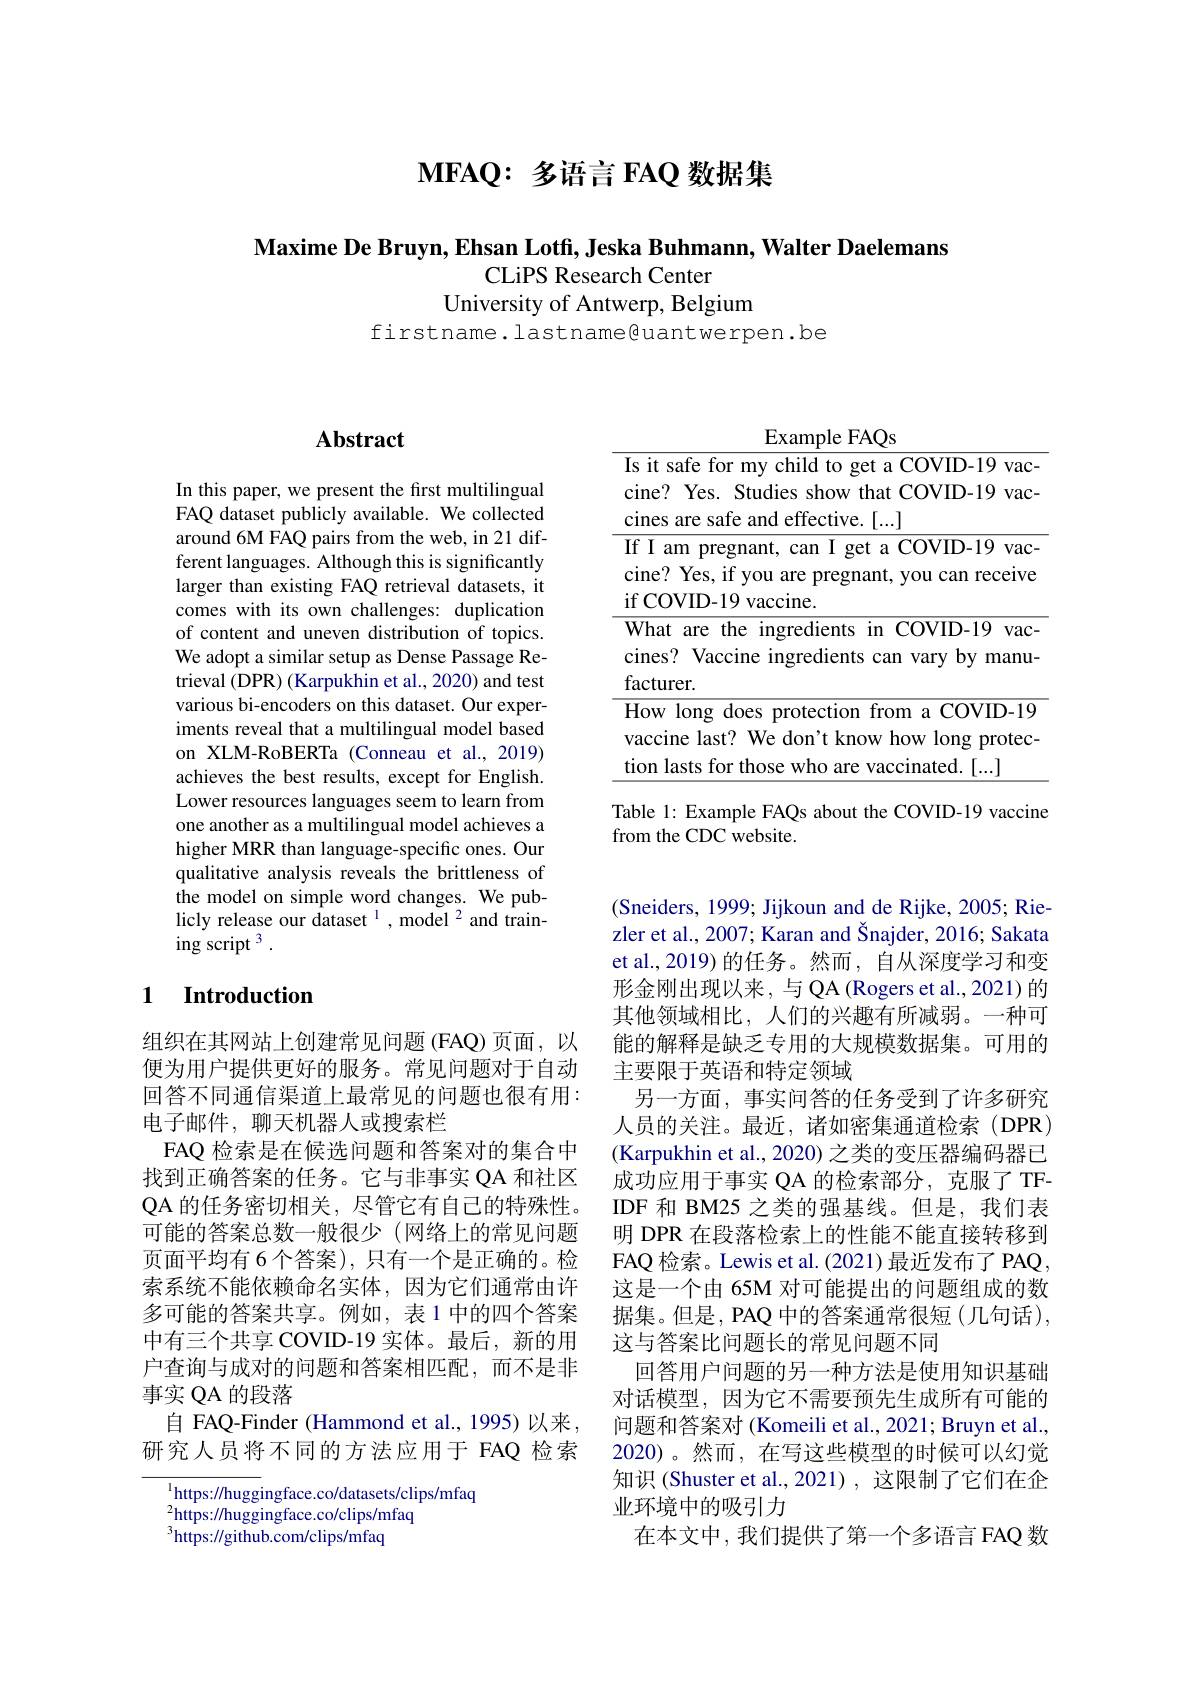
$\textbf{М FAQ: 多 语 言 FAQ 数 据 集 }$

$\textbf{Maxime De Bruyn, Ehsan Lotf, Jeska Buhmann, Walter Daelemans}$
# CLiPS Research Center

University of Antwerp, Belgium

firstname.lastname@uantwerpen.be

# Abstract

In this paper, we present the first multilingual FAQ dataset publicly available. We collected around 6M FAQ pairs from the web, in 21 different languages. Although this is significantly larger than existing FAQ retrieval datasets, it comes with its own challenges: duplication of content and uneven distribution of topics. We adopt a similar setup as Dense Passage Retrieval (DPR) (Karpukhin et al., 2020) and test various bi-encoders on this dataset. Our experiments reveal that a multilingual model based on XLM-RoBERTa (Conneau et al.,2019) achieves the best results, except for English. Lower resources languages seem to learn from one another as a multilingual model achieves a higher MRR than language-specific ones. Our qualitative analysis reveals the brittleness of the model on simple word changes. We publicly release our dataset $^{1}$,model$^2$ and training script 3 .

### 1 Introduction

组织在其网站上创建常见问题(FAQ)页面，以便为用户提供更好的服务。常见问题对于自动回答不同通信渠道上最常见的问题也很有用： 电子邮件，聊天机器人或搜索栏
FAQ 检索是在候选问题和答案对的集合中找到正确答案的任务。它与非事实 QA 和社区QA 的任务密切相关，尽管它有自己的特殊性。可能的答案总数一般很少(网络上的常见问题页面平均有 6 个答案), 只有一个是正确的。检索系统不能依赖命名实体，因为它们通常由许多可能的答案共享。例如，表 1 中的四个答案中有三个共享 COVID-19 实体。最后，新的用户查询与成对的问题和答案相匹配，而不是非事实 QA 的段落
自 FAQ-Finder (Hammond et al., 1995)以来， 研究人员将不同的方法应用于 FAQ 检索

$^{1}$https://huggingface.co/datasets/clips/mfaq
$^2$https://huggingface.co/clips/mfaq
$^{3}$https://github.com/clips/mfaq

Example FAQs
<table>
	<tbody>
		<tr>
			<td>$Y$</td>
			<td>ccine last? We don't know how long protec</td>
		</tr>
		<tr>
			<td>$\textbf{t}$</td>
			<td>on lasts for those who are vaccinated.[...]</td>
		</tr>
	</tbody>
</table>

Table 1: Example FAQs about the COVID-19 vaccine
from the CDC website.

(Sneiders, 1999; Jijkoun and de Rijke, 2005; Riezler et al., 2007; Karan and Šnajder, 2016; Sakata et al., 2019) 的任务。然而，自从深度学习和变形金刚出现以来，与 QA (Rogers et al., 2021) 的其他领域相比，人们的兴趣有所减弱。一种可能的解释是缺乏专用的大规模数据集。可用的主要限于英语和特定领域
另一方面，事实问答的任务受到了许多研究人员的关注。最近，诸如密集通道检索(DPR) (Karpukhin et al., 2020) 之类的变压器编码器已成功应用于事实 QA 的检索部分，克服了 TFIDF 和 BM25 之类的强基线。但是，我们表明 DPR 在段落检索上的性能不能直接转移到FAQ 检索。Lewis et al. (2021) 最近发布了 PAQ, 这是一个由 65M 对可能提出的问题组成的数据集。但是，PAQ 中的答案通常很短(几句话), 这与答案比问题长的常见问题不同
回答用户问题的另一种方法是使用知识基础对话模型，因为它不需要预先生成所有可能的问题和答案对 (Komeili et al., 2021; Bruyn et al., 2020)。然而，在写这些模型的时候可以幻觉知识 (Shuster et al.,2021),这限制了它们在企业环境中的吸引力
在本文中，我们提供了第一个多语言 FAQ 数